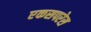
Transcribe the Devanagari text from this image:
एकसपरेस